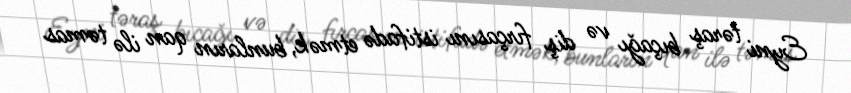
Eyni təraş bıçağı və diş fırçasını istifadə etmək, bunların qan ilə təmas